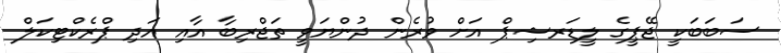
ސަބަބަކީ ޖޭޕީގެ ލީޑަރޝިޕް އަށް ވުރެން ދުންޔަވީ ތަޖްރިބާ އާއި އަދި ޕްރެކްޓިކަލް